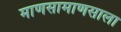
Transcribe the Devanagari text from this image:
माणसामाणसाला